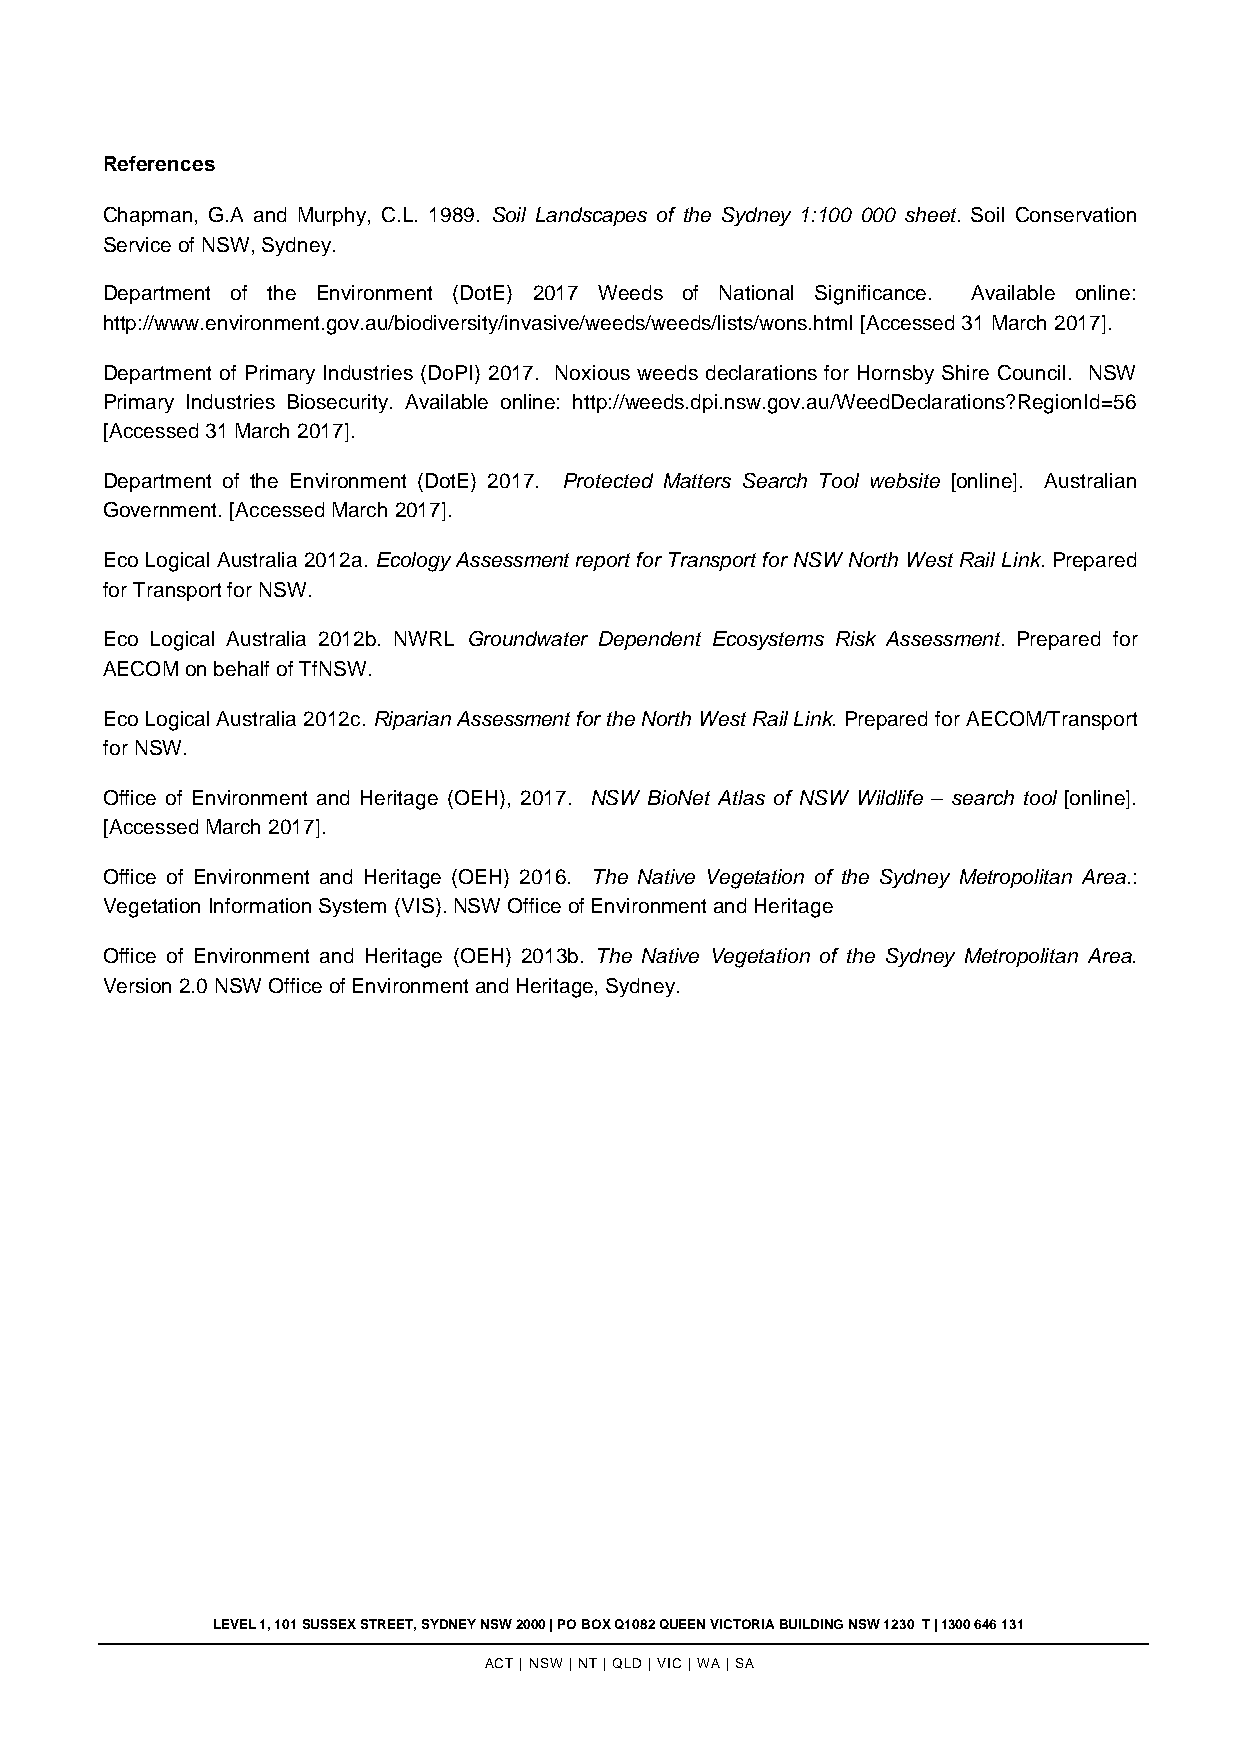
References
 Chapman, G.A and Murphy, C.L. 1989. Soil Landscapes of the Sydney 1:100 000 sheet. Soil Conservation
 Service of NSW, Sydney.
 Department of the Environment (DotE) 2017 Weeds of National Significance. Available online:
 http://www.environment.gov.au/biodiversity/invasive/weeds/weeds/lists/wons.html [Accessed 31 March 2017].
 Department of Primary Industries (DoPI) 2017. Noxious weeds declarations for Hornsby Shire Council. NSW
 Primary Industries Biosecurity. Available online: http://weeds.dpi.nsw.gov.au/WeedDeclarations?RegionId=56
 [Accessed 31 March 2017].
 Department of the Environment (DotE) 2017. Protected Matters Search Tool website [online]. Australian
 Government. [Accessed March 2017].
 Eco Logical Australia 2012a. Ecology Assessment report for Transport for NSW North West Rail Link. Prepared
 for Transport for NSW.
 Eco Logical Australia 2012b. NWRL Groundwater Dependent Ecosystems Risk Assessment. Prepared for
 AECOM on behalf of TfNSW.
 Eco Logical Australia 2012c. Riparian Assessment for the North West Rail Link. Prepared for AECOM/Transport
 for NSW.
 Office of Environment and Heritage (OEH), 2017. NSW BioNet Atlas of NSW Wildlife – search tool [online].
 [Accessed March 2017].
 Office of Environment and Heritage (OEH) 2016. The Native Vegetation of the Sydney Metropolitan Area.:
 Vegetation Information System (VIS). NSW Office of Environment and Heritage
 Office of Environment and Heritage (OEH) 2013b. The Native Vegetation of the Sydney Metropolitan Area.
 Version 2.0 NSW Office of Environment and Heritage, Sydney.
 LEVEL 1, 101 SUSSEX STREET, SYDNEY NSW 2000 | PO BOX Q1082 QUEEN VICTORIA BUILDING NSW 1230 T | 1300 646 131
 ACT | NSW | NT | QLD | VIC | WA | SA